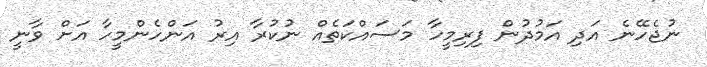
ނުޖެހޭނެ އަދި އަމުދުން ފިރިމީހާ މަސައްކަތެއް ނުކުރާ އިރު އަންހެންމީހާ އަށް ވާނީ